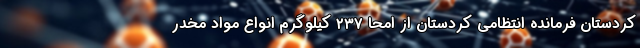
کردستان فرمانده انتظامی کردستان از امحا ۲۳۷ کیلوگرم انواع مواد مخدر